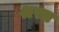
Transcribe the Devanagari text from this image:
श्ररत